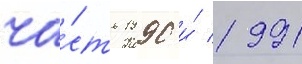
ча́сть 1990 и́ 1991